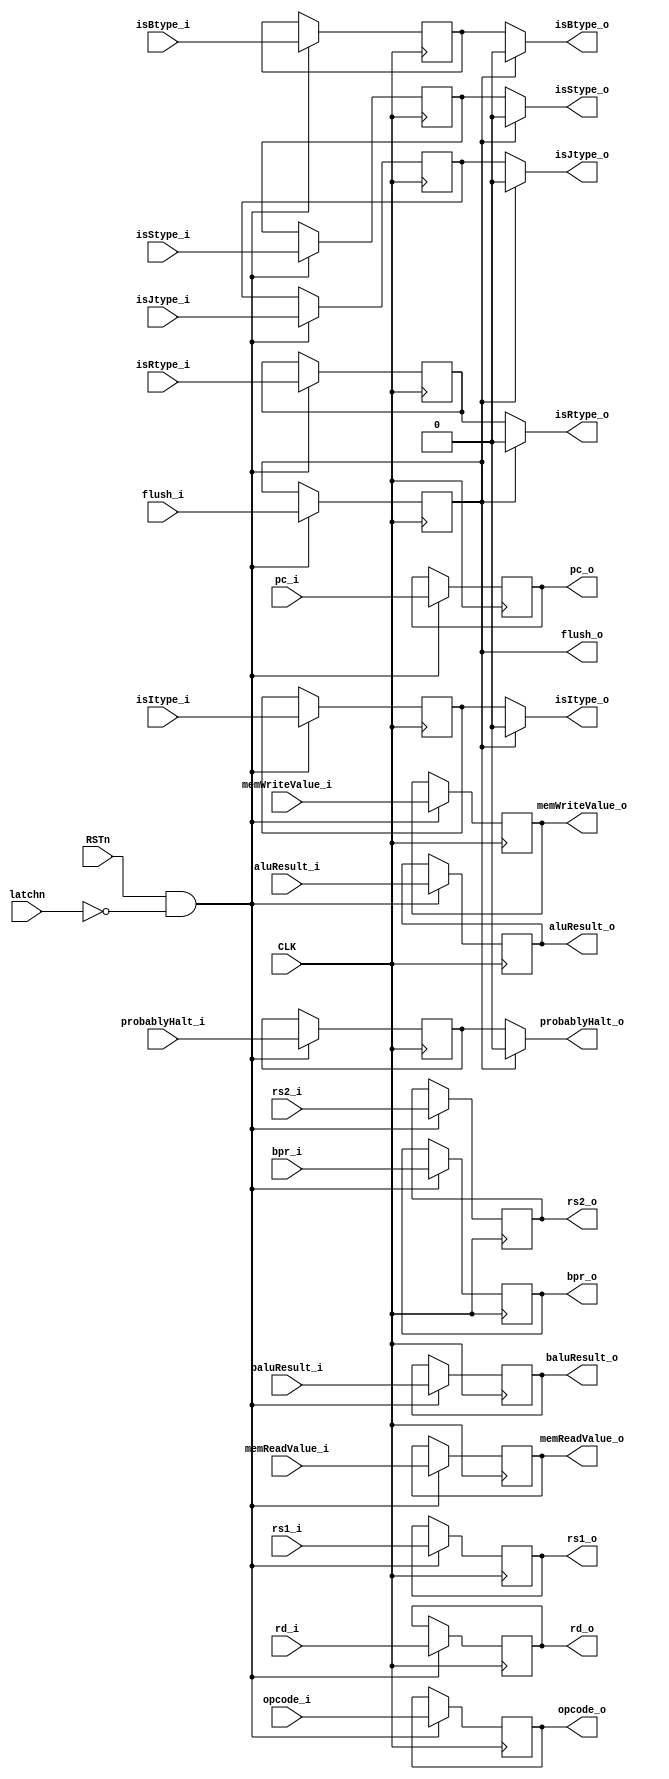
module MEM_WB(
	input wire CLK,
	input wire RSTn,
	input wire latchn,
	input wire[31:0] aluResult_i,
	input wire baluResult_i,
	input wire[4:0] rd_i,
	input wire[4:0] rs1_i,
	input wire[4:0] rs2_i,
	input wire isBtype_i,
	input wire isItype_i,
	input wire isRtype_i,
	input wire isStype_i,
	input wire isJtype_i,
	input wire probablyHalt_i,
	input wire[6:0] opcode_i,
	input wire[31:0] memWriteValue_i,
	input wire[31:0] memReadValue_i,
	input wire[11:0] pc_i,
	input wire bpr_i,
	input wire flush_i,
	output wire[31:0] aluResult_o,
	output wire baluResult_o,
	output wire[4:0] rd_o,
	output wire[4:0] rs1_o,
	output wire[4:0] rs2_o,
	output wire isBtype_o,
	output wire isItype_o,
	output wire isRtype_o,
	output wire isStype_o,
	output wire isJtype_o,
	output wire probablyHalt_o,
	output wire[6:0] opcode_o,
	output wire[31:0] memWriteValue_o,
	output wire[31:0] memReadValue_o,
	output wire[11:0] pc_o,
	output wire bpr_o,
	output wire flush_o
);

	reg[31:0] aluResult_r;
	reg baluResult_r;
	reg[4:0] rd_r;
	reg[4:0] rs1_r;
	reg[4:0] rs2_r;
	reg isBtype_r;
	reg isItype_r;
	reg isRtype_r;
	reg isStype_r;
	reg isJtype_r;
	reg probablyHalt_r;
	reg[6:0] opcode_r;
	reg[31:0] memWriteValue_r;
	reg[31:0] memReadValue_r;
	reg[11:0] pc_r;
	reg bpr_r;
	reg flush_r;

	assign aluResult_o = aluResult_r;
	assign baluResult_o = baluResult_r;
	assign rd_o = rd_r;
	assign rs1_o = rs1_r;
	assign rs2_o = rs2_r;
	assign isBtype_o = flush_r ? 1'b0 : isBtype_r;
	assign isItype_o = flush_r ? 1'b0 : isItype_r;
	assign isRtype_o = flush_r ? 1'b0 : isRtype_r;
	assign isStype_o = flush_r ? 1'b0 : isStype_r;
	assign isJtype_o = flush_r ? 1'b0 : isJtype_r;
	assign probablyHalt_o = flush_r ? 1'b0 : probablyHalt_r;
	assign opcode_o = opcode_r;
	assign memWriteValue_o = memWriteValue_r;
	assign memReadValue_o = memReadValue_r;
	assign pc_o = pc_r;
	assign bpr_o = bpr_r;
	assign flush_o = flush_r;

	// commit values synchronized to clock
	always @(posedge CLK) begin
		if (RSTn & (~latchn)) begin
			aluResult_r <= aluResult_i;
			baluResult_r <= baluResult_i;
			rd_r <= rd_i;
			rs1_r <= rs1_i;
			rs2_r <= rs2_i;
			isBtype_r <= isBtype_i;
			isItype_r <= isItype_i;
			isRtype_r <= isRtype_i;
			isStype_r <= isStype_i;
			isJtype_r <= isJtype_i;
			probablyHalt_r <= probablyHalt_i;
			opcode_r <= opcode_i;
			memWriteValue_r <= memWriteValue_i;
			memReadValue_r <= memReadValue_i;
			pc_r <= pc_i;
			bpr_r <= bpr_i;
			flush_r <= flush_i;
		end
	end

	initial begin
		flush_r <= 1;
	end


endmodule